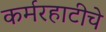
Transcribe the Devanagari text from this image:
कर्मरहाटीचे